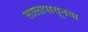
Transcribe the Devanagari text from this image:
सालापासूनचा